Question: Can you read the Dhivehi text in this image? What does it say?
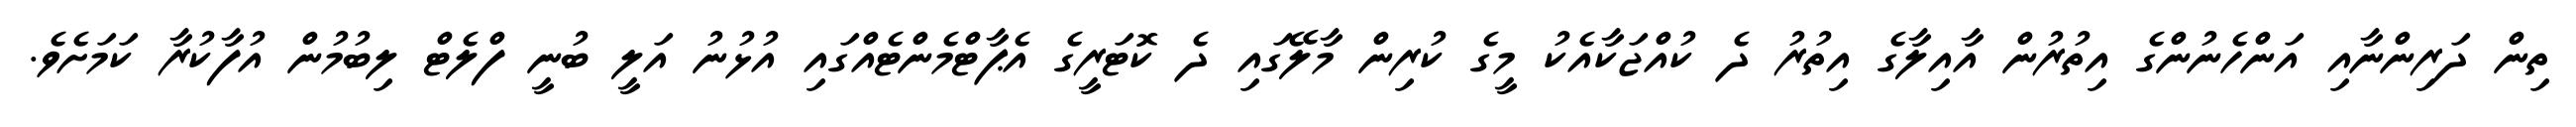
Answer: ތިން ދަރިންނާއި އަންހެނުންގެ އިތުރުން އާއިލާގެ އިތުރު ދެ ކުއްޖަކާއެކު މީގެ ކުރިން މާލޭގައި ދެ ކޮޓަރީގެ އެޕާޓްމެންޓެއްގައި އުޅުނު އަލީ ބުނީ ފްލެޓް ލިބުމުން އުފާކުރާ ކަމަށެވެ.